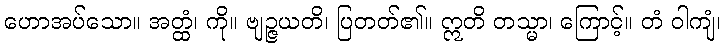
ဟောအပ်သော။ အတ္ထံ၊ ကို။ ဗျဉ္ဇယတိ၊ ပြတတ်၏။ ဣတိ တသ္မာ၊ ကြောင့်။ တံ ဝါကျံ၊